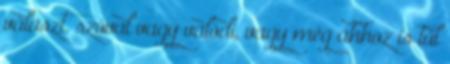
választ, szóval vagy valódi, vagy még ahhoz is túl